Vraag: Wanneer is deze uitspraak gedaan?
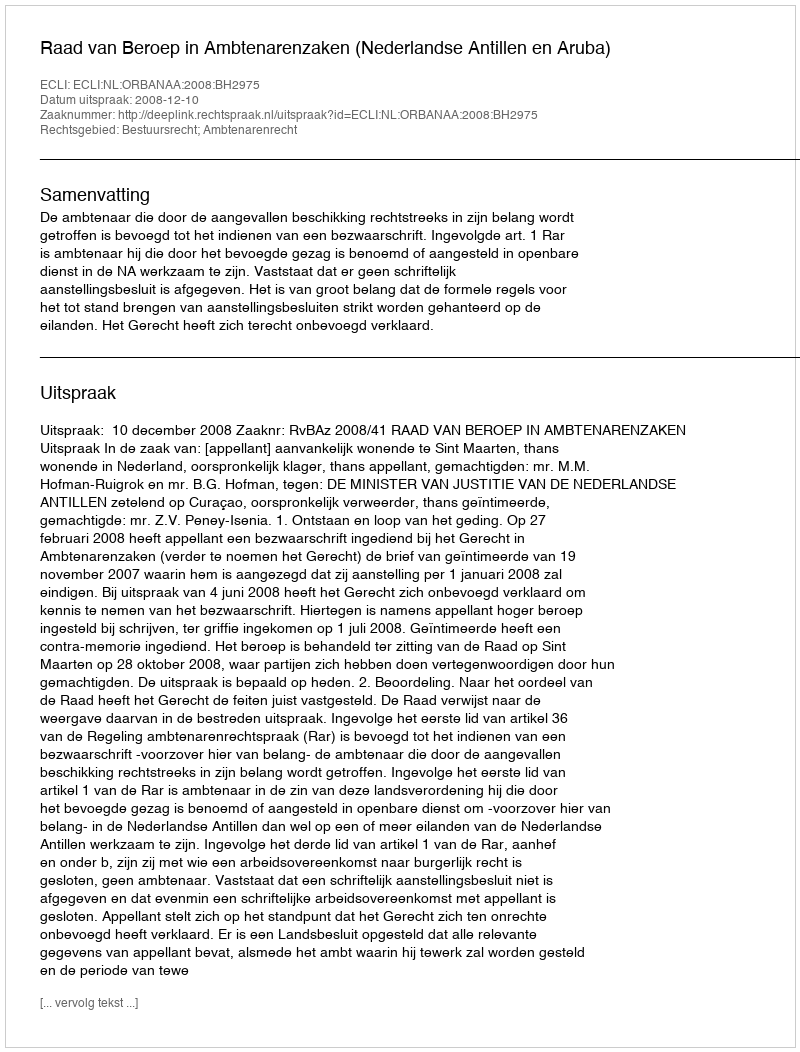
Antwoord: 2008-12-10